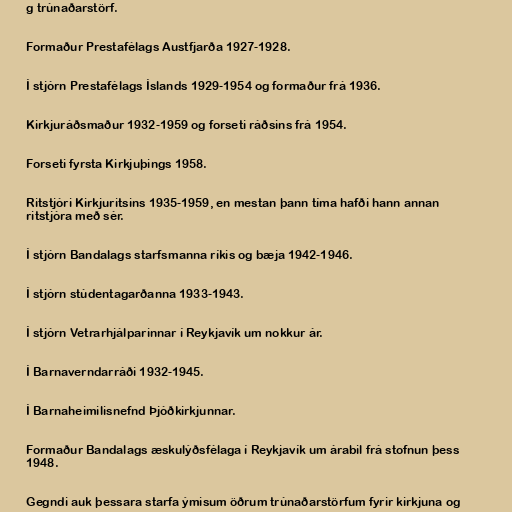
g trúnaðarstörf.

Formaður Prestafélags Austfjarða 1927-1928.

Í stjórn Prestafélags Íslands 1929-1954 og formaður frá 1936.

Kirkjuráðsmaður 1932-1959 og forseti ráðsins frá 1954.

Forseti fyrsta Kirkjuþings 1958.

Ritstjóri Kirkjuritsins 1935-1959, en mestan þann tíma hafði hann annan
ritstjóra með sér.

Í stjórn Bandalags starfsmanna ríkis og bæja 1942-1946.

Í stjórn stúdentagarðanna 1933-1943.

Í stjórn Vetrarhjálparinnar í Reykjavík um nokkur ár.

Í Barnaverndarráði 1932-1945.

Í Barnaheimilisnefnd Þjóðkirkjunnar.

Formaður Bandalags æskulýðsfélaga í Reykjavík um árabil frá stofnun þess
1948.

Gegndi auk þessara starfa ýmisum öðrum trúnaðarstörfum fyrir kirkjuna og